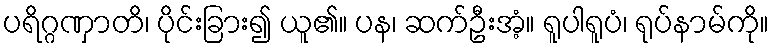
ပရိဂ္ဂဏှာတိ၊ ပိုင်းခြား၍ ယူ၏။ ပန၊ ဆက်ဦးအံ့။ ရူပါရူပံ၊ ရုပ်နာမ်ကို။